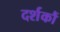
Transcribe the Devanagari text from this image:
दर्शकौं